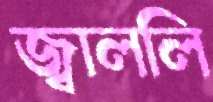
জ্বাললি